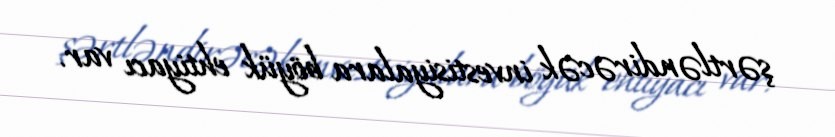
şərtləndirəcək investisiyalara böyük ehtiyacı var.